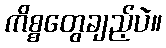
ကိစ္စတွေချည့်ပဲ။